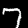
Digit: 7